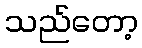
သည်တော့